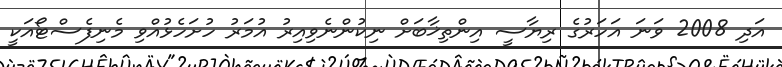
އަދި 2008 ވަނަ އަހަރުގެ ރިޔާސީ އިންތިޚާބަށް ނިކުންނެވިއިރު އުމަރު ހުށަހެޅުއްވި މެނިފެސްޓޯއަކީ